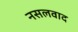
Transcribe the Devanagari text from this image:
नसलवाद